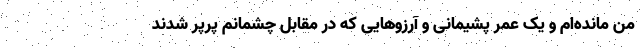
من مانده‌ام و یک عمر پشیمانی و آرزوهایی که در مقابل چشمانم پرپر شدند